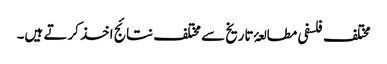
مختلف فلسفی مطالعۂ تاریخ سے مختلف نتائج اخذ کرتے ہیں۔